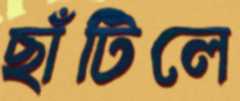
ছাঁটিলে